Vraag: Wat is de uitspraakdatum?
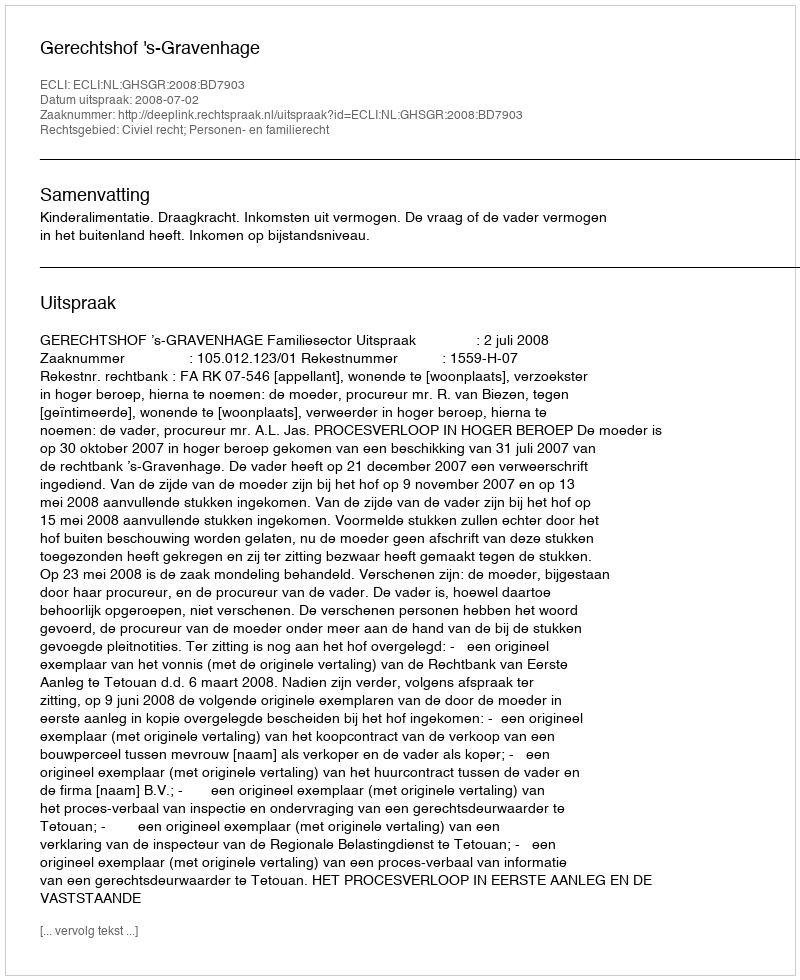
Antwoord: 2008-07-02